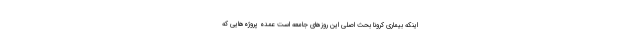
اینکه بیماری کرونا بحث اصلی این روزهای جامعه است عمده پروژه‌هایی که